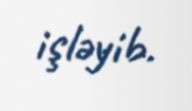
işləyib.